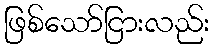
ဖြစ်သော်ငြားလည်း